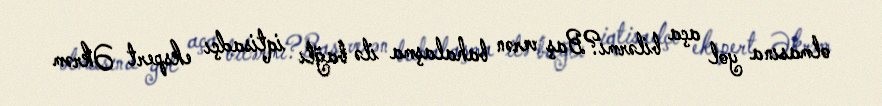
olmasına yol aça bilərmi?Baş verən bahalaşma ilə bağlı iqtisadçı ekspert Əkrəm